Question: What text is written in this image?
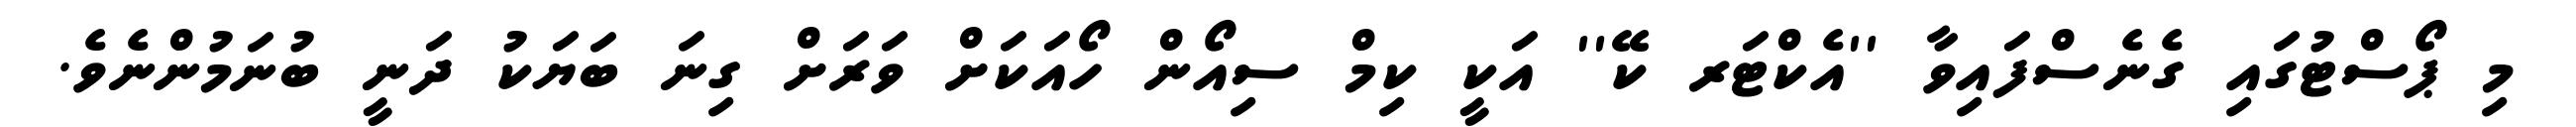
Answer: މި ޕޯސްޓުގައި ގެނެސްފައިވާ ''އެކްޓަރ ކޭ'' އަކީ ކިމް ސިއޯން ހޯއަކަށް ވަރަށް ގިނަ ބަޔަކު ދަނީ ބުނަމުންނެވެ.